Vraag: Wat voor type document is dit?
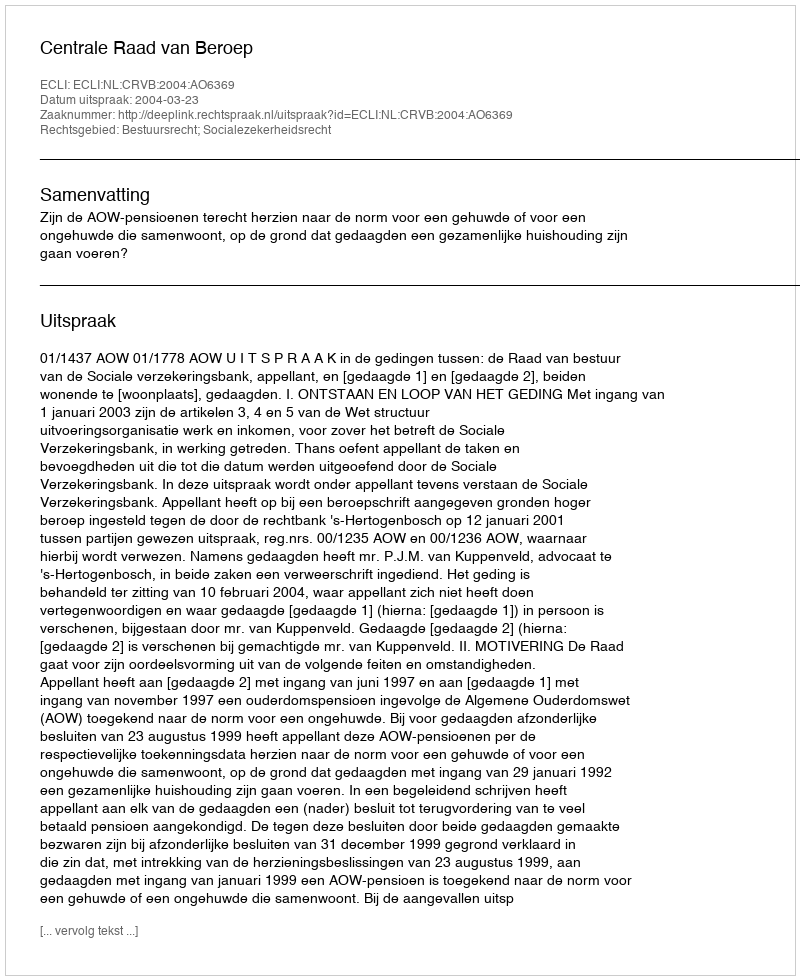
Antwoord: Uitspraak